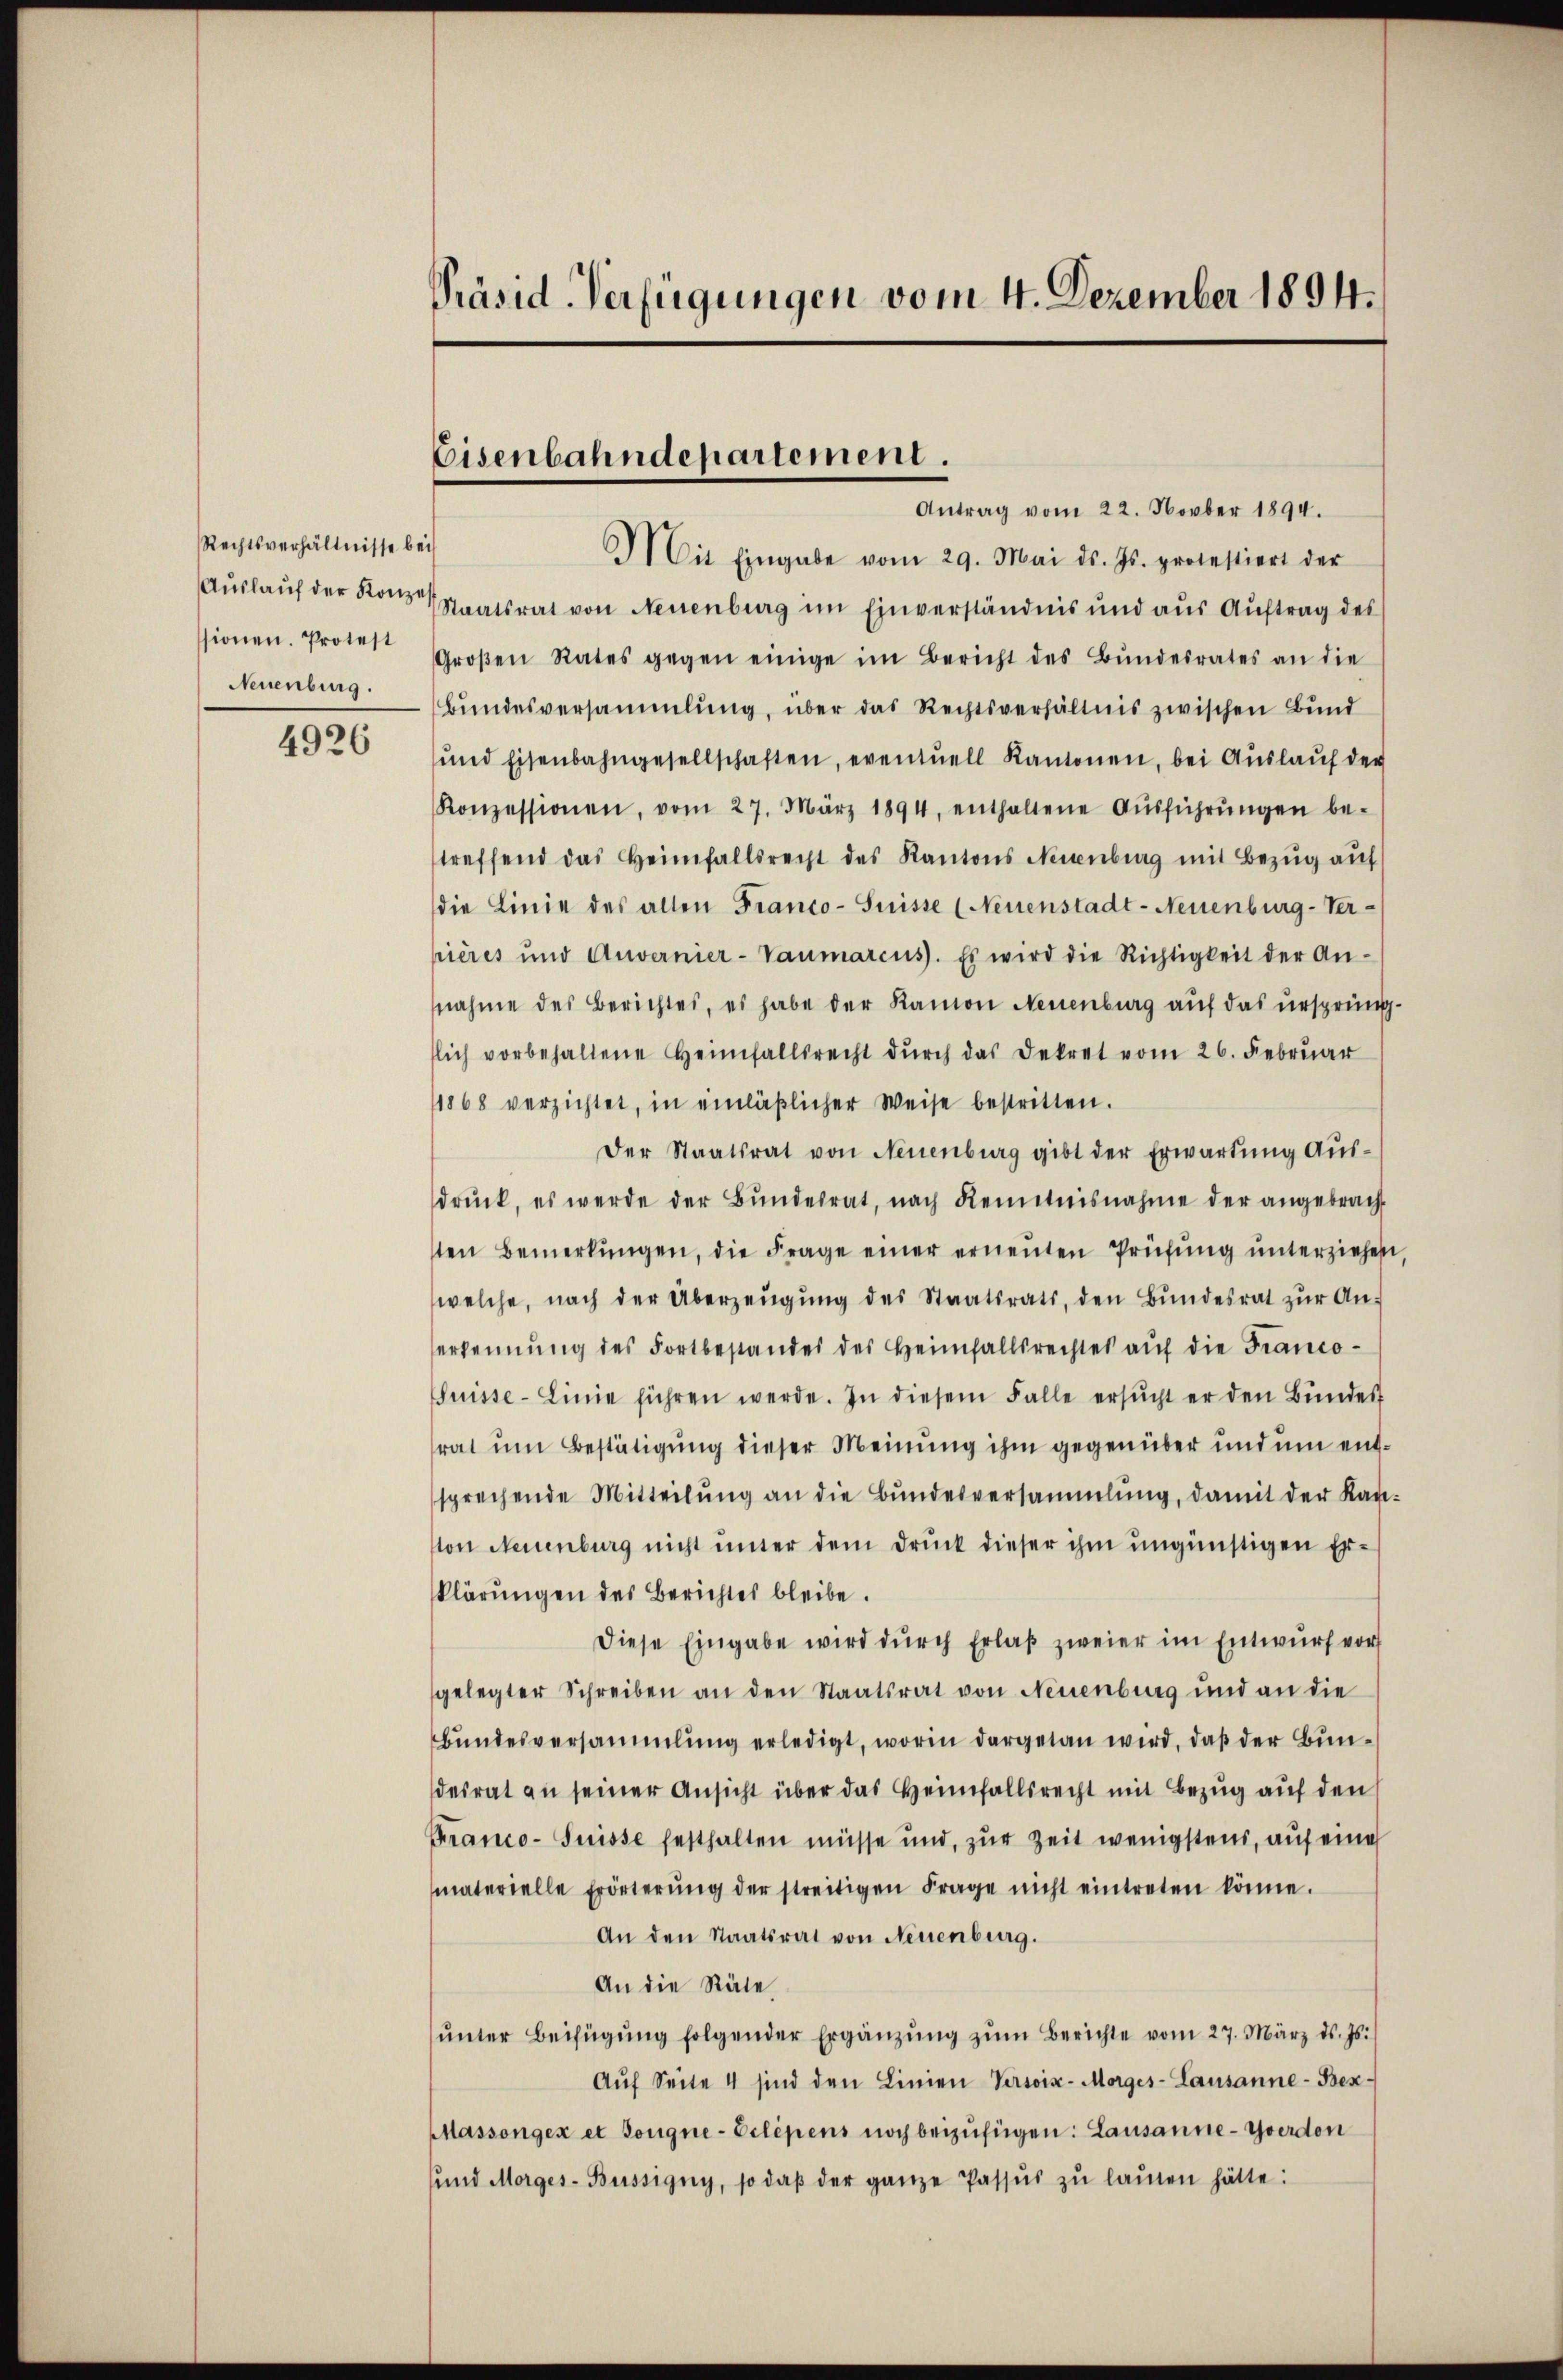
Rechtsverhältnisse bei
Auslauf der Konzes
sionen. Protest
Neuenburg.

4926

Präsid-Verfügungen vom 4. Dezember 1894.

Eisenbahndepartement.
Antrag vom 22. Novber 1894.

Mit Eingabe vom 29. Mai d. Js. protestiert der
Staatsrat von Neuenburg im Einverständnis und aŭs Aŭftrag des
Groβen Rates gegen einige im Bericht des Bŭndesrates an die
Bundesversammlung, über das Rechtsverhältnis zwischen Bund
ŭnd Eisenbahngesellschaften, eventuell Kantonen, bei Aŭslaŭf der
Konzessionen, vom 27. März 1894, enthaltene Aŭsführŭngen be-
treffend das Heimfallsrecht des Kantons Neuenburg mit Bezŭg aŭf
die Linie des allen Franco- Suisse (Neuenstadt-Neuenburg-Ver-
pières und Auvernier-Vaŭmarcus. Es wird die Richtigkeit der An-
nahme des Berichtes, es habe der Ramon Neuenburg auf das ursprüngflich vorbehaltene Heimfallsrecht dŭrch das Dekret vom 26. Febrŭar
1868 verzichtet, in einläβlicher Weise bestritten.
Der Staatsrat von Neuenburg gibt der Erwartung Ausdrŭck, es werde der Bŭndesrat, nach Kenntnisnahme der angebrach-
ten Bemerkŭngen, die Frage einer erneŭten Prüfŭng ŭnterziehen,
welche, nach der Überzeŭgŭng des Staatsrats, den Bundesrat zur Anerkennung des Fortbestandes des Heimfallsrechtes auf die Franco-
Suisse-Linie führen werde. In diesem Falle ersŭcht er den Bundes
rat um Bestätigung dieser Meinung ihm gegenüber und um entsprechende Mitteilŭng an die Bundesversammlung, damit der Kanton Neuenburg nicht unter dem Druck dieser ihm ungünstigen Erklärungen des Berichtes bleibe.
Diese Eingabe wird dŭrch Erlaβ zweier im Entwurf vor
gelegter Schreiben an den Staatsrat von Neuenburg und an die
Bundesversammlung erledigt, worin dargetan wird, daß der Bundesrat zu seiner Ansicht über das Heimfallsrecht mit Bezug auf den
Franco-Suisse festhalten müsse und, zur Zeit wenigstens, auf eine
materielle Erörterŭng der streitigen Frage nicht eintreten könne.
An den Staatsrat von Neuenburg.
An die Räte
ŭnter Beifügŭng folgender Ergänzŭng zŭm Berichte vom 27. März ds. Js.
Aŭf Seite 4 sind den Linien Versoin-Morges- Lausanne-Bes¬
Massongex et Songne-Eclépens noch beizufügen: Lausanne-Yverdon
sund Morges-Büssigny, so daβ der ganze Passŭs zŭ laŭten hätte: